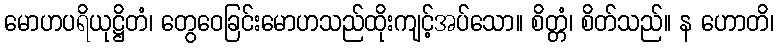
မောဟပရိယုဋ္ဌိတံ၊ တွေဝေခြင်းမောဟသည်ထိုးကျင့်အပ်သော။ စိတ္တံ၊ စိတ်သည်။ န ဟောတိ၊